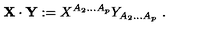
{ \bf X } \cdot { \bf Y } : = X ^ { A _ { 2 } . . . A _ { p } } Y _ { A _ { 2 } . . . A _ { p } } \ .